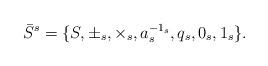
LaTeX: \begin{align*}\bar{S}^{s}=\{S,\pm_{s}, \times_{s},a_{s}^{-1_{s}},q_{s},0_{s},1_{s}\}.\end{align*}